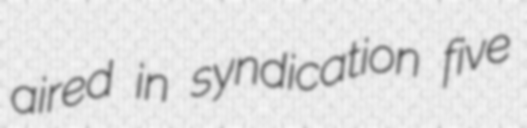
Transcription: aired in syndication five